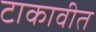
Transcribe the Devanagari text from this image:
टाकावीत